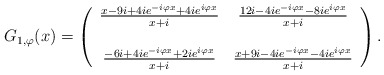
\begin{align*}G_{1, \varphi}(x) =\left(\begin{array}{cc}\frac{x - 9 i + 4 i e^{- i \varphi x} + 4 i e^{i \varphi x}}{x + i} & \frac{12 i - 4 i e^{- i \varphi x} - 8 i e^{i \varphi x}}{x + i} \\& \\\frac{- 6 i + 4 i e^{- i \varphi x} + 2 i e^{i \varphi x}}{x + i} & \frac{x + 9 i - 4 i e^{- i \varphi x} - 4 i e^{i \varphi x}}{x + i}\end{array}\right).\end{align*}